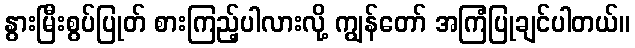
နွားမြီးစွပ်ပြုတ် စားကြည့်ပါလားလို့ ကျွန်တော် အကြံပြုချင်ပါတယ်။